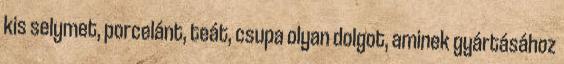
kis selymet, porcelánt, teát, csupa olyan dolgot, aminek gyártásához